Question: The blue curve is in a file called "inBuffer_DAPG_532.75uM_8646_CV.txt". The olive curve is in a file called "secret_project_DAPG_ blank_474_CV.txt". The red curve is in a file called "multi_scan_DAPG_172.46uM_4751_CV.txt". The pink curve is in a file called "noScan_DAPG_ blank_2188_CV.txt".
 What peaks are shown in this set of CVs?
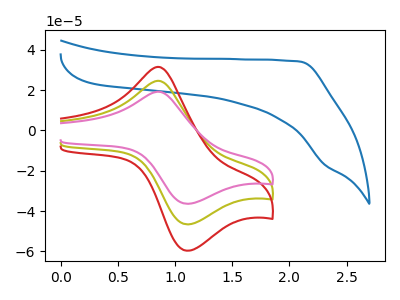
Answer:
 <answer>The blue curve "DAPG 532.75uM" has no peaks. The olive curve "DAPG  blank" has an anodic peak at (0.85V, 24.55uA) and a cathodic peak at (1.10V, -46.60uA). The red curve "DAPG 172.46uM" has an anodic peak at (0.85V, 49.15uA) and a cathodic peak at (1.10V, -93.20uA). The pink curve "DAPG  blank" has an anodic peak at (0.85V, 19.20uA) and a cathodic peak at (1.10V, -36.40uA).</answer>
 <eval></eval>